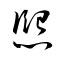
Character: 熙